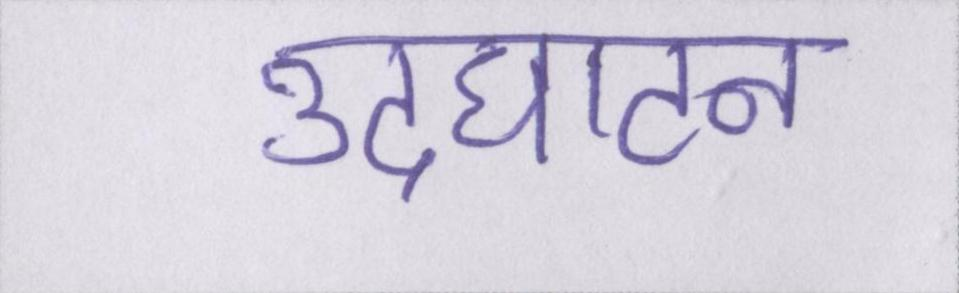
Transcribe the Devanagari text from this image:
उदघाटन